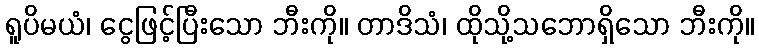
ရူပိမယံ၊ ငွေဖြင့်ပြီးသော ဘီးကို။ တာဒိသံ၊ ထိုသို့သဘောရှိသော ဘီးကို။